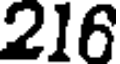
216